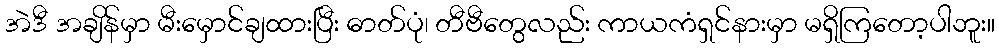
အဲဒီ အချိန်မှာ မီးမှောင်ချထားပြီး ဓာတ်ပုံ၊ တီဗီတွေလည်း ကာယကံရှင်နားမှာ မရှိကြတော့ပါဘူး။